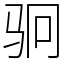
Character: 𬳶